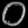
Digit: ၀